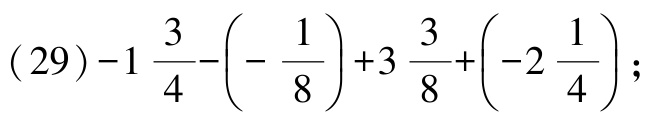
\((29)-1\frac{3}{4}-\left(-\frac{1}{8}\right)+3\frac{3}{8}+\left(-2\frac{1}{4}\right);\)